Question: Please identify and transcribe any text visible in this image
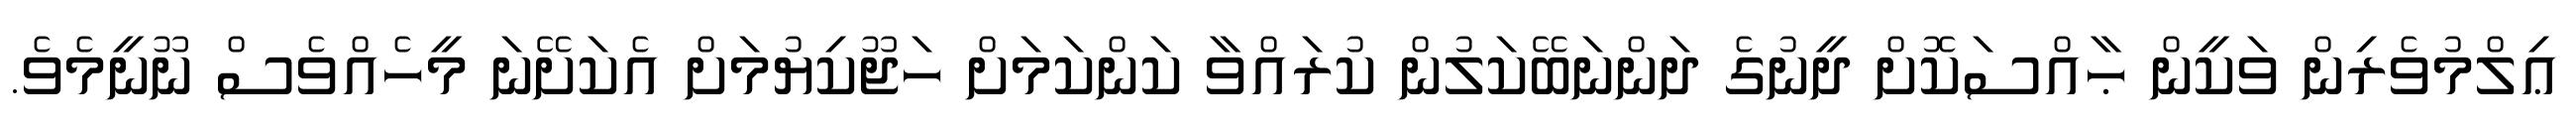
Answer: ޢިލްމުވެރިން ވަކީން ޙާއްސަކޮށް ދީނުގެ ދަންނަބޭކަލުން ކުރައްވާ ކަންކަމަށް ހަޖޫކިޔުމަށް އެކަށޭނަ މީހެއްވެސް ނޫނީމެވެ.